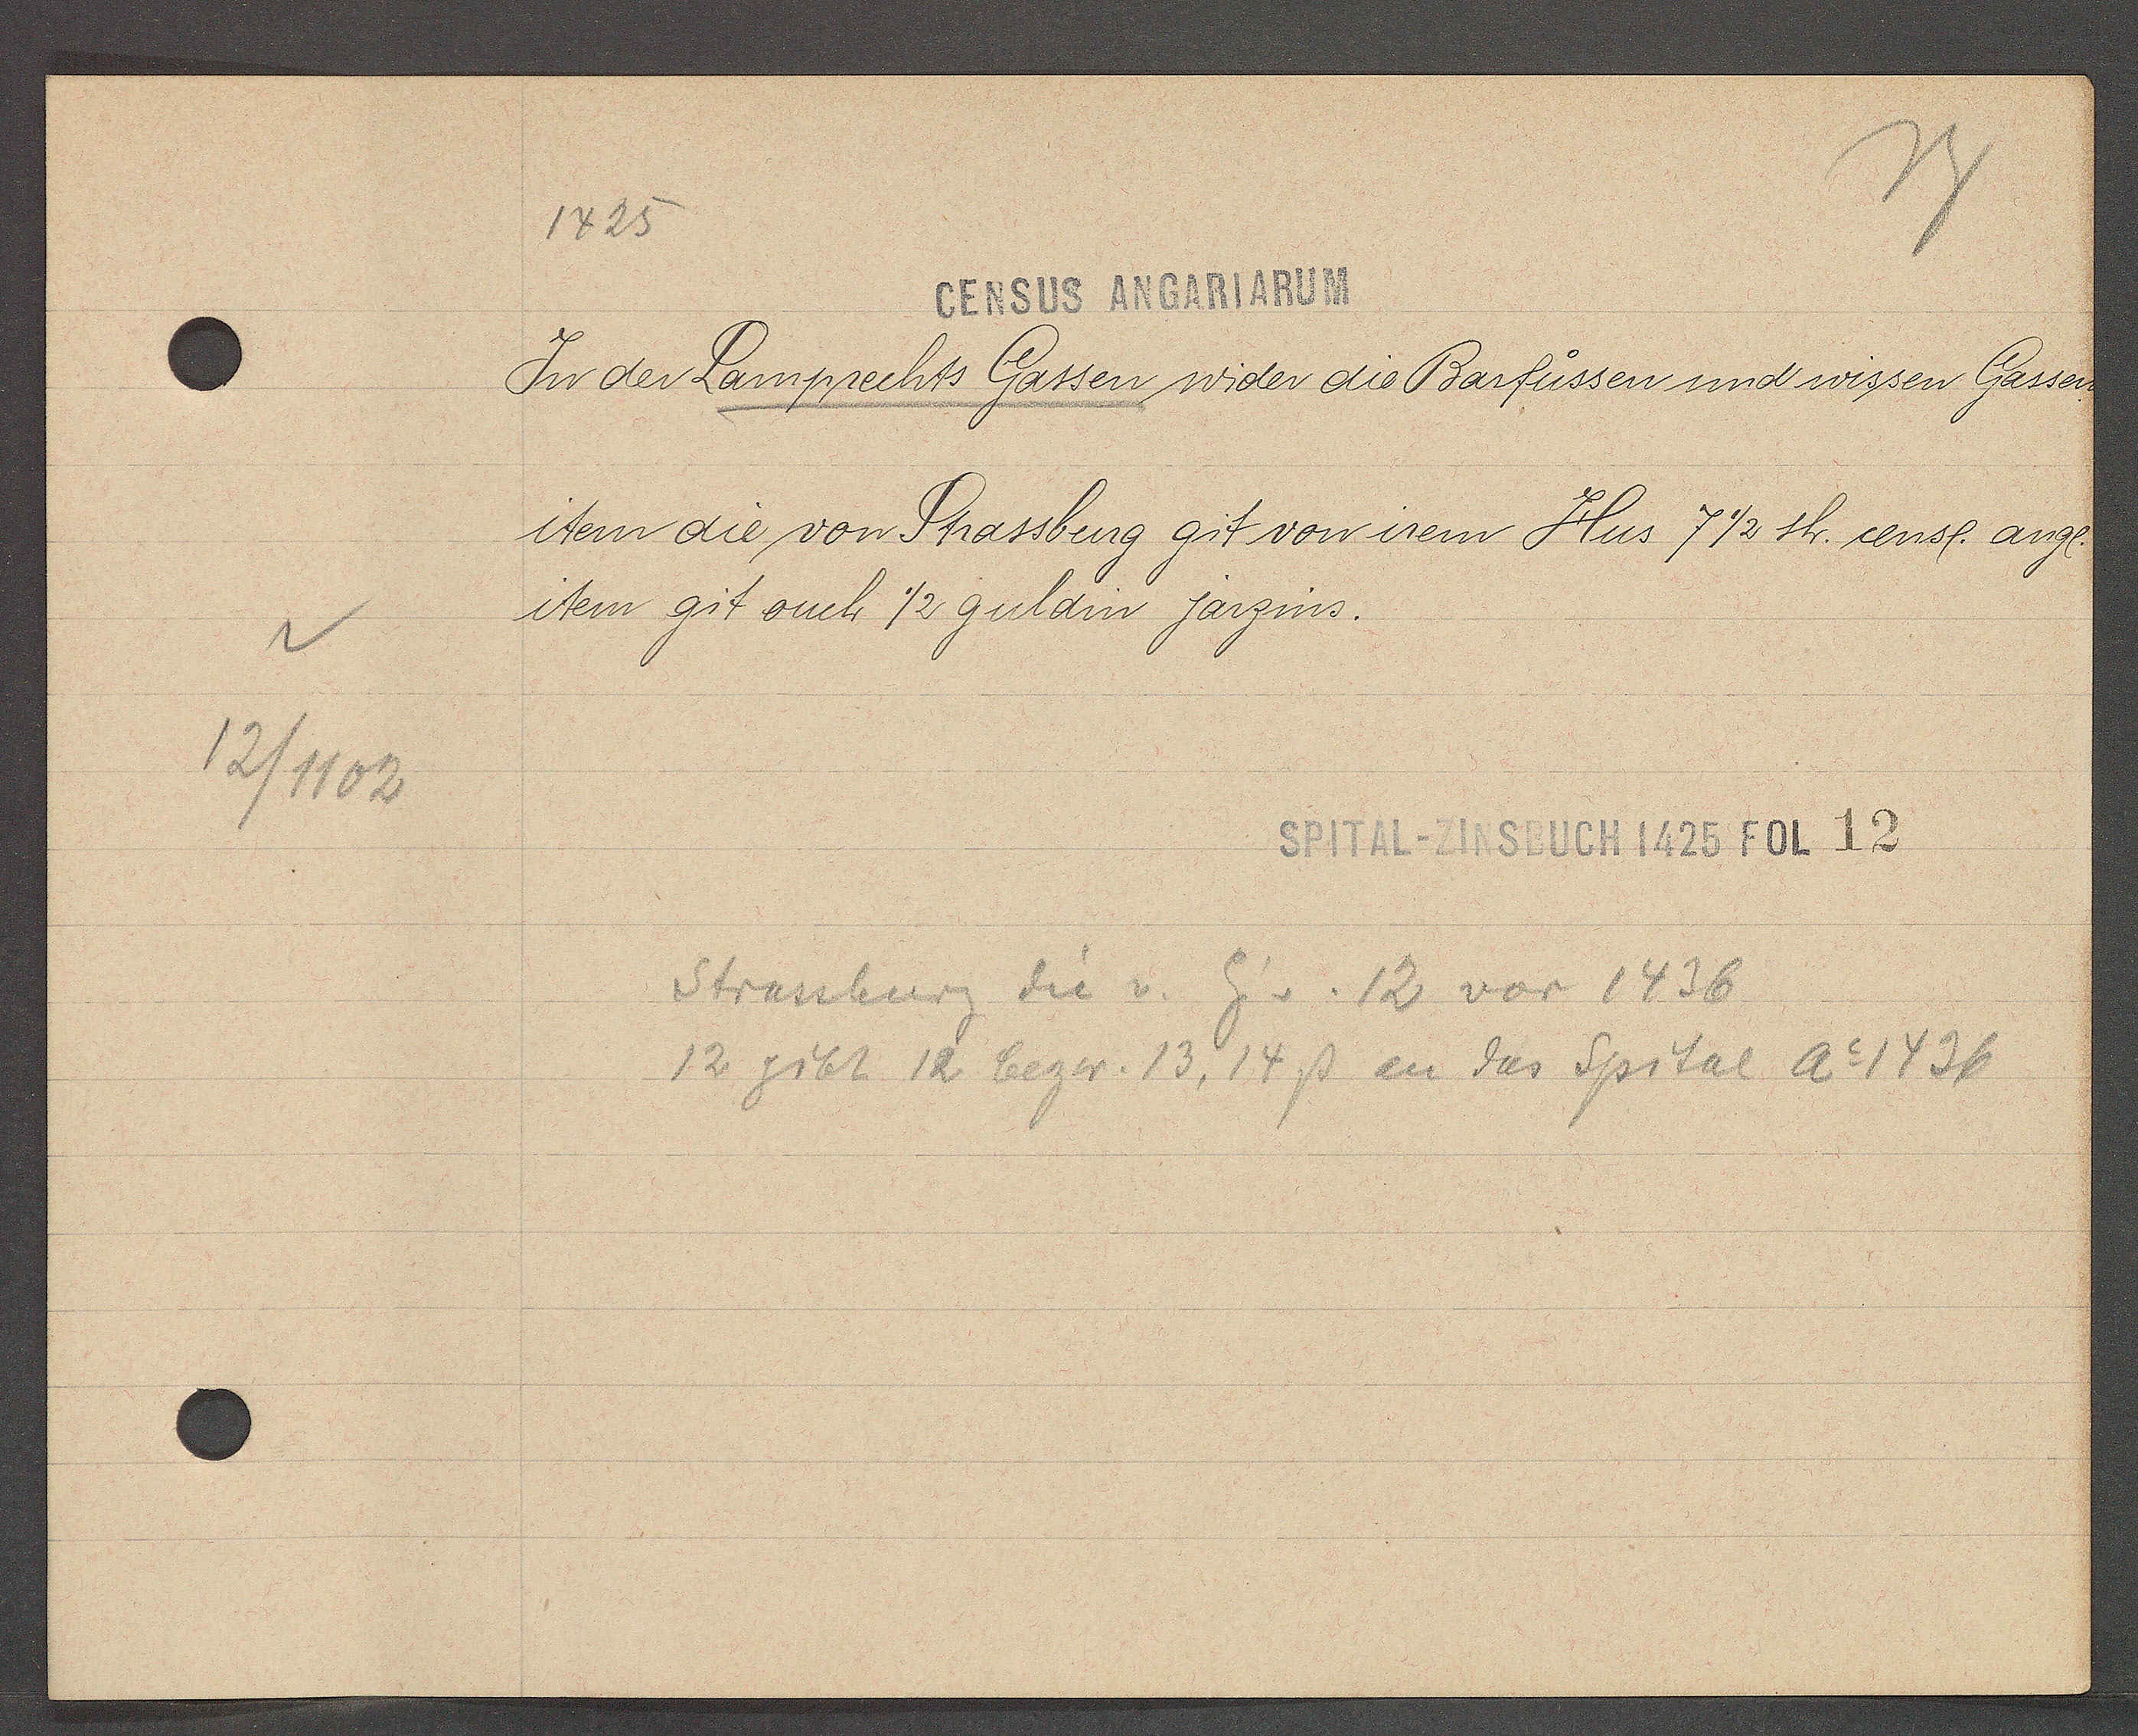
Transcript:
12/1102

1425

CENSUS ANGARIARUM
In der Lamprechts Gassen wider die Barfüssen und wissen Gassen¬
item die von Strassburg git von irem Hus 7 1/2 sh. censl angl.
item git ouch 1/2 guldin jarzins.

SPITAL-ZINSBUCH 1425 FOL 12

Strassburg die v. Eig v. 12 vor 1436
12 gibt 12 bezw. 13, 14ß an das Spital Ao 1436